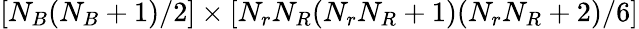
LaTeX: [N_{B}(N_{B}+1)/2]\times[N_{r}N_{R}(N_{r}N_{R}+1)(N_{r}N_{R}+2)/6]